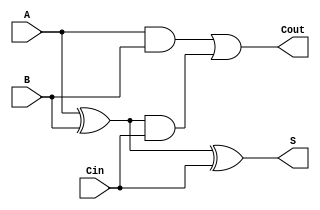
module tree_structured_full_adder (
    input  wire A,      // First binary input
    input  wire B,      // Second binary input
    input  wire Cin,    // Carry-in input
    output wire S,      // Sum output
    output wire Cout    // Carry-out output
);

    // Level 1 - Initial Sum Calculation
    wire S1;           // Intermediate sum
    wire C1;           // Intermediate carry

    assign S1 = A ^ B; // S1 = A XOR B
    assign C1 = A & B; // C1 = A AND B

    // Level 2 - Final Sum and Carry Calculation
    assign S = S1 ^ Cin;            // S = S1 XOR Cin
    assign Cout = C1 | (S1 & Cin);  // Cout = C1 OR (S1 AND Cin)

endmodule